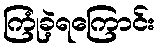
ကြုံခဲ့ရကြောင်း